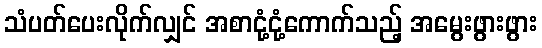
သံပတ်ပေးလိုက်လျှင် အစာငုံ့ငုံ့ကောက်သည့် အမွေးဖွားဖွား